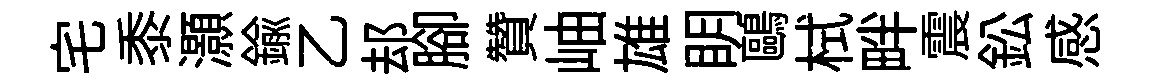
宅黍灝鍮乙𨚫腳贊岫雄眀鷗栻畔震鈆感